Civil Veterinary Department. Madras. Admin. report 1926-33 - 1926-1933
Year: 1926
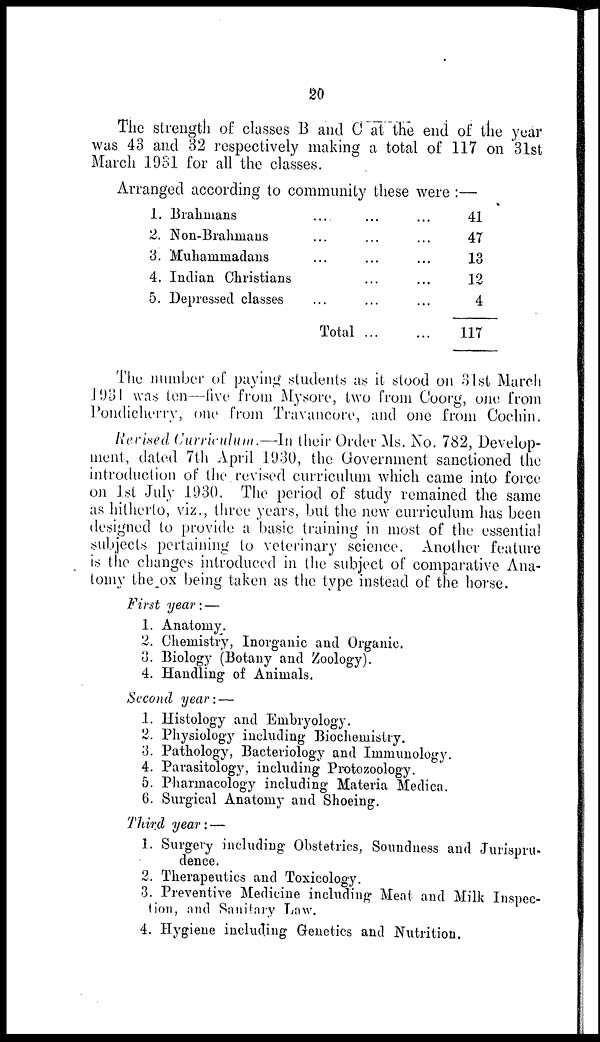
20
The strength of classes B and C at the end of the year
was 43 and 32 respectively making a total of 117 on 31st
March 1931 for all the classes.
Arranged according to community these were :—
1. Brahmans
2. Non-Brahmans
3. Muhammadans
4. Indian Christians
5. Depressed classes
....
...
...
...
...
Total
...
...
...
...
...
...
...
...
...
...
...
...
41
47
13
12
4
117
The number of paying students as it stood on 31st March
1931 was ten—five from Mysore, two from Coorg, one from
Pondicherry, one from Travancore, and one from Cochin.
Revised Curriculum.—In their Order Ms. No. 782, Develop-
ment, dated 7th April 1930, the Government sanctioned the
introduction of the revised curriculum which came into force
on 1st July 1930. The period of study remained the same
as hitherto, viz., three years, but the new curriculum has been
designed to provide a basic training in most of the essential
subjects pertaining to veterinary science. Another feature
is the changes introduced in the subject of comparative Ana-
tomy the ox being taken as the type instead of the horse.
First year : —
1. Anatomy.
2. Chemistry, Inorganic and Organic.
3. Biology (Botany and Zoology).
4. Handling of Animals.
Second year :—
1. Histology and Embryology.
2. Physiology including Biochemistry.
3. Pathology, Bacteriology and Immunology.
4. Parasitology, including Protozoology.
5. Pharmacology including Materia Medica.
6. Surgical Anatomy and Shoeing.
Third year :—
1. Surgery including Obstetrics, Soundness and Jurispru-
dence.
2. Therapeutics and Toxicology.
3. Preventive Medicine including Meat and Milk Inspec-
tion, and Sanitary Law.
4. Hygiene including Genetics and Nutrition.